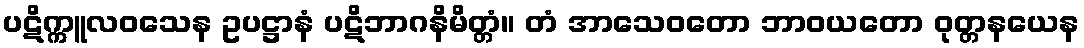
ပဋိက္ကူလဝသေန ဥပဋ္ဌာနံ ပဋိဘာဂနိမိတ္တံ။ တံ အာသေဝတော ဘာဝယတော ဝုတ္တနယေန